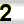
Digit: 2